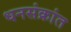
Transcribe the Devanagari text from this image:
धनसंक्रांत